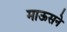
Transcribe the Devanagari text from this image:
माऊसने